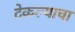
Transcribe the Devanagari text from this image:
टेकल्याचा